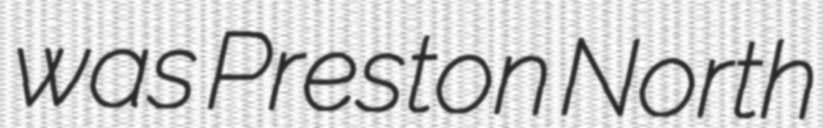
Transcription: was Preston North